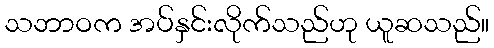
သဘာဝက အပ်နှင်းလိုက်သည်ဟု ယူဆသည်။